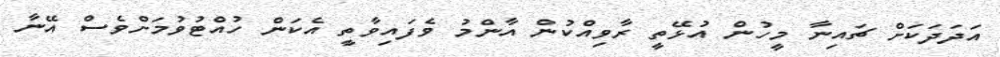
އަދަދަކަށް ޗައިނާ މީހުން އުޅޭތީ ރާވިއްކުން އާންމު ވެފައިވާތީ އެކަން ހުއްޓުވުމަށްވެސް އޭނާ